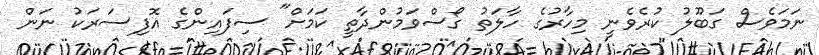
ނަމަވެސް ގަބޫލު ކުރެވެނީ މިހާރުގެ ހާލަތު ގޯސްވަމުންދާތީ ކަމަށް" ސިފައިންގެ އޮފިސަރަކު ނަން